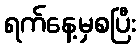
ရက်နေ့မှစပြီး